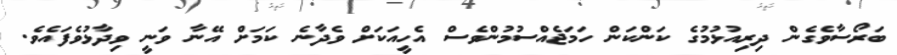
ބަރޯސާވެގެން ދިރިއުޅުމުގެ ކަންކަން ހަމަޖެއްސުމުންވެސް އެހީއަކަށް ވެދާނެ ކަމަށް އޭނާ ވަނީ ވިދާޅުވެފައެވެ.